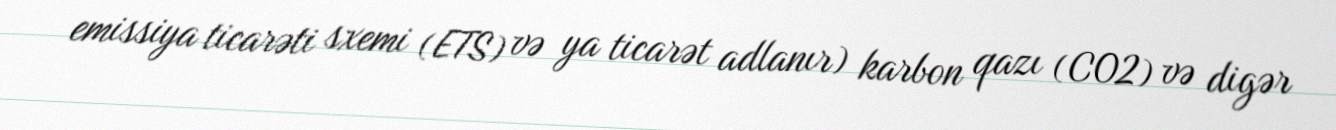
emissiya ticarəti sxemi (ETS) və ya ticarət adlanır) karbon qazı (CO2) və digər